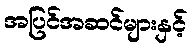
အပြင်အဆင်များနှင့်